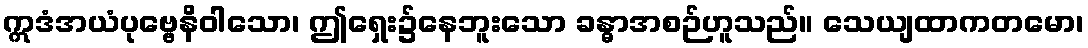
ဣဒံအယံပုဗ္ဗေနိဝါသော၊ ဤရှေး၌နေဘူးသော ခန္ဓာအစဉ်ဟူသည်။ သေယျထာကတမော၊